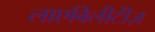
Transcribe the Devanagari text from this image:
लाएबिलीटीज़